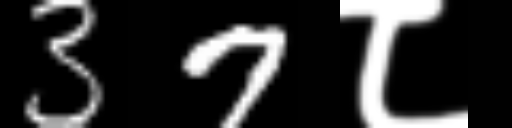
Text: 37८